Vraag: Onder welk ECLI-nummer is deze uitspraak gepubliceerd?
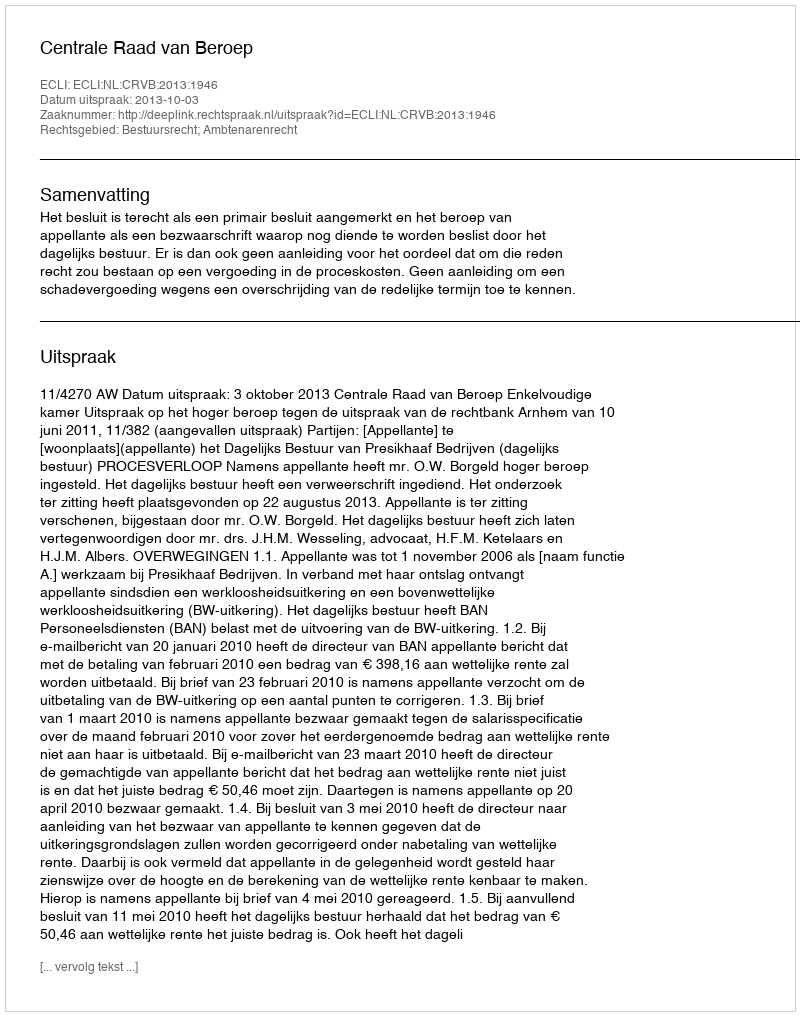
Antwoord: ECLI:NL:CRVB:2013:1946